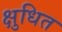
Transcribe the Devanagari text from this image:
क्षुधित